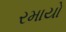
રમાયો